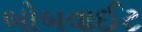
બોબવાઈટ